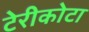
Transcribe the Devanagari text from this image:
टेरीकोटा